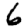
Digit: 6